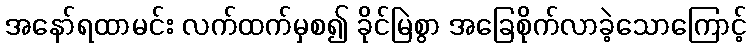
အနော်ရထာမင်း လက်ထက်မှစ၍ ခိုင်မြဲစွာ အခြေစိုက်လာခဲ့သောကြောင့်